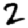
Digit: 2